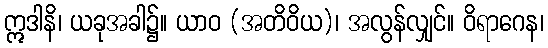
ဣဒါနိ၊ ယခုအခါ၌။ ယာဝ (အတိဝိယ)၊ အလွန်လျှင်။ ဝိရာဂေန၊